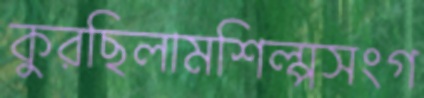
কুরছিলামশিল্পসংগ